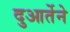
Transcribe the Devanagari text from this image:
दुआर्तेने